Indian journal of veterinary science and animal husbandry - Volume 3,
Year: 1933
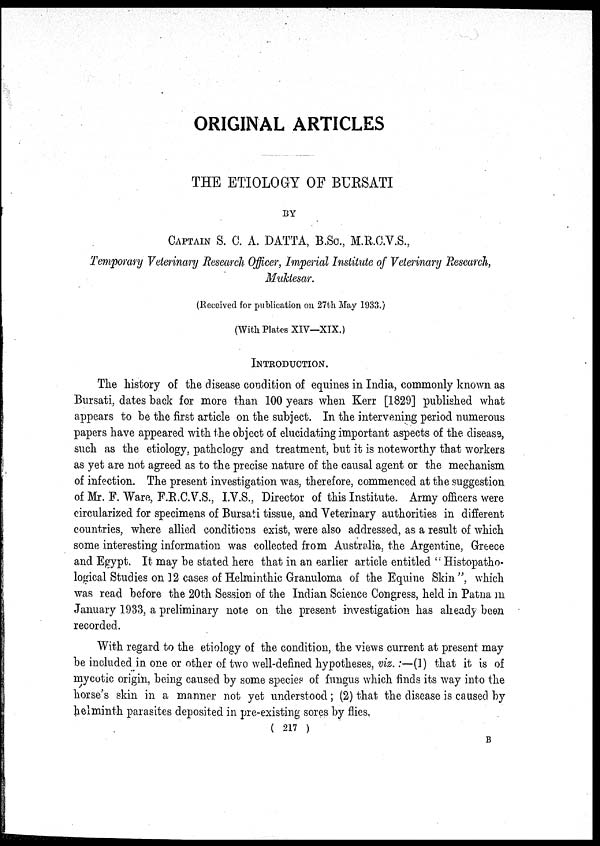
ORIGINAL ARTICLES
THE ETIOLOGY OF BURSATI
BY
CAPTAIN S. C. A. DATTA, B.Sc., M.R.C.V.S.,
Temporary Veterinary Research Officer, Imperial Institute of Veterinary Research,
Muktesar.
(Received for publication on 27th May 1933.)
(With Plates XIV—XIX.)
INTRODUCTION.
The history of the disease condition of equines in India, commonly known as
Bursati, dates back for more than 100 years when Kerr [1829] published what
appears to be the first article on the subject. In the intervening period numerous
papers have appeared with the object of elucidating important aspects of the disease,
such as the etiology, pathology and treatment, but it is noteworthy that workers
as yet are not agreed as to the precise nature of the causal agent or the mechanism
of infection. The present investigation was, therefore, commenced at the suggestion
of Mr. F. Ware, F.R.C.V.S., I.V.S., Director of this Institute. Army officers were
circularized for specimens of Bursati tissue, and Veterinary authorities in different
countries, where allied conditions exist, were also addressed, as a result of which
some interesting information was collected from Australia, the Argentine, Greece
and Egypt. It may be stated here that in an earlier article entitled " Histopatho¬
logical Studies on 12 cases of Helminthic Granuloma of the Equine Skin", which
was read before the 20th Session of the Indian Science Congress, held in Patna in
January 1933, a preliminary note on the present investigation has already been
recorded.
With regard to the etiology of the condition, the views current at present may
be included in one or other of two well-defined hypotheses, viz. :—(1) that it is of
mycotic origin, being caused by some species of fungus which finds its way into the
horse's skin in a manner not yet understood; (2) that the disease is caused by
helminth parasites deposited in pre-existing sores by flies,
( 217 )
B